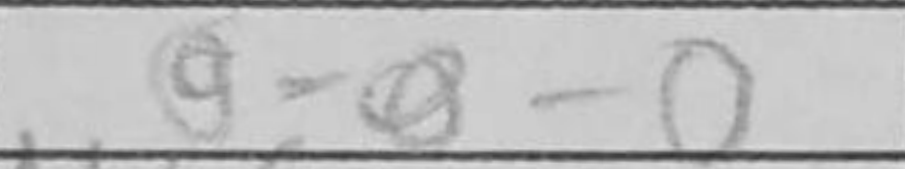
Transcription: O-O-O